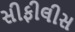
સીફીલીસ